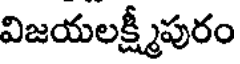
విజయలక్ష్మీపురం